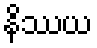
နိဿယ